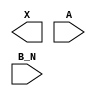
module sky130_fd_sc_hdll__or2b (
    X  ,
    A  ,
    B_N
);

    output X  ;
    input  A  ;
    input  B_N;

    // Voltage supply signals
    supply1 VPWR;
    supply0 VGND;
    supply1 VPB ;
    supply0 VNB ;

endmodule